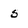
Character: 5